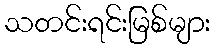
သတင်းရင်းမြစ်များ